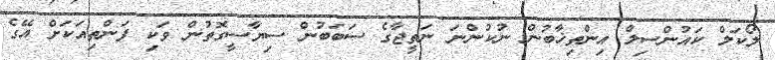
ލޯކަލް ކައުންސިލް އިންތިޚާބުން ނުކުންނަ ނަތީޖާގެ ސަބަބުން ސިޔާސީގޮތުން ވަކި ފަންތިއަކަށް އޭގެ